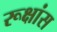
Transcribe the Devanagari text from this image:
रूक्षांस